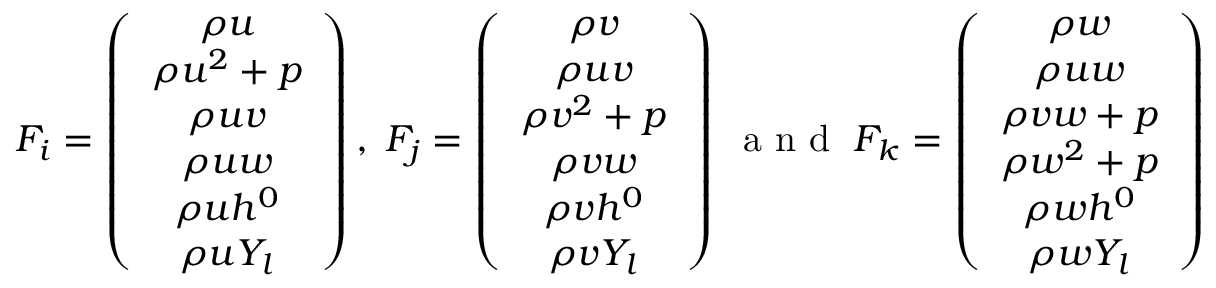
F _ { i } = \left( \begin{array} { c } { \rho { u } } \\ { \rho { u ^ { 2 } } + p } \\ { \rho { u v } } \\ { \rho { u w } } \\ { \rho { u h ^ { 0 } } } \\ { \rho { u Y _ { l } } } \end{array} \right) , \; F _ { j } = \left( \begin{array} { c } { \rho { v } } \\ { \rho { u v } } \\ { \rho { v ^ { 2 } } + p } \\ { \rho { v w } } \\ { \rho { v h ^ { 0 } } } \\ { \rho { v Y _ { l } } } \end{array} \right) \; \mathrm { ~ a ~ n ~ d ~ } \; F _ { k } = \left( \begin{array} { c } { \rho { w } } \\ { \rho { u w } } \\ { \rho { v w } + p } \\ { \rho { w ^ { 2 } } + p } \\ { \rho { w h ^ { 0 } } } \\ { \rho { w Y _ { l } } } \end{array} \right)